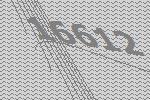
16612